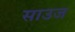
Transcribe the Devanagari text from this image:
साउज